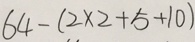
6 4 - ( 2 \times 2 + 5 + 1 0 )